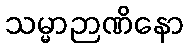
သမ္မာဉာဏိနော